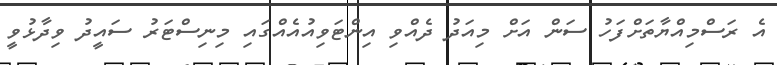
އެ ރަސްމިއްޔާތަށްފަހު ސަން އަށް މިއަދު ދެއްވި އިންޓަވިއުއެއްގައި މިނިސްޓަރު ސައީދު ވިދާޅުވީ